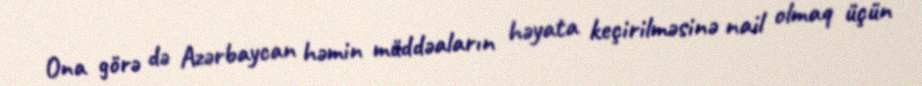
Ona görə də Azərbaycan həmin müddəaların həyata keçirilməsinə nail olmaq üçün